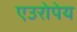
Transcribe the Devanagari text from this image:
एउरोपेय